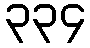
၃၃၄